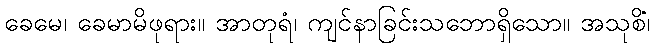
ခေမေ၊ ခေမာမိဖုရား။ အာတုရံ၊ ကျင်နာခြင်းသဘောရှိသော။ အသုစိံ၊